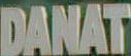
DANAT